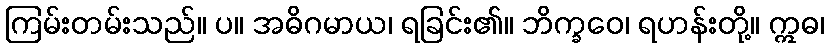
ကြမ်းတမ်းသည်။ ပ။ အဓိဂမာယ၊ ရခြင်း၏။ ဘိက္ခဝေ၊ ရဟန်းတို့။ ဣဓ၊